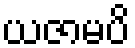
ယဇာမပိ